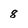
Character: 8